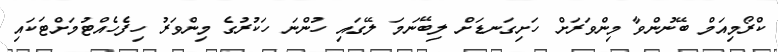
ކްރޯމިއަމް ބޭނުންވާ މިންވަރަށް ހަށިގަނޑަށް ލިބޭނަމަ ލޭގައި ހުންނަ ހަކުރުގެ މިންވަރު ހިފެހެއްޓުމަށްޓަކައި